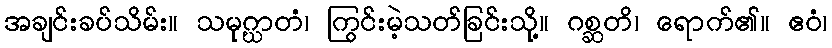
အချင်းခပ်သိမ်း။ သမုဂ္ဃာတံ၊ ကြွင်းမဲ့သတ်ခြင်းသို့။ ဂစ္ဆတိ၊ ရောက်၏။ ဧဝံ၊